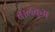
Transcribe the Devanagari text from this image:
बालकुम